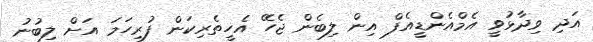
އަދި ވިދާޅުވީ އެމްއެންޑީއެފް އިން ލިބެން ޖެހޭ އެހީތެރިކަން ފުރިހަމަ އަށް ލިބުނު